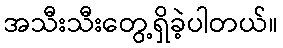
အသီးသီးတွေ့ရှိခဲ့ပါတယ်။